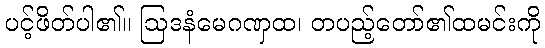
ပင့်ဖိတ်ပါ၏။ ဩဒနံမေဂဏှထ၊ တပည့်တော်၏ထမင်းကို